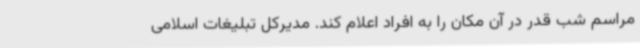
مراسم شب قدر در آن مکان را به افراد اعلام کند. مدیرکل تبلیغات اسلامی